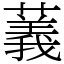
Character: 䕏